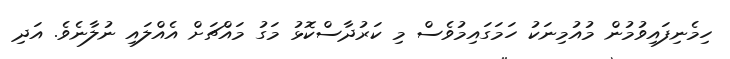
ހިމެނިފައިވުމުން މުއުމިނަކު ހަމަގައިމުވެސް މި ކަރުދާސްކޮޅު މަގު މައްޗަށް އެއްލައި ނުލާނެވެ. އަދި